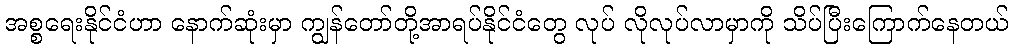
အစ္စရေးနိုင်ငံဟာ နောက်ဆုံးမှာ ကျွန်တော်တို့အာရပ်နိုင်ငံတွေ လုပ် လိုလုပ်လာမှာကို သိပ်ပြီးကြောက်နေတယ်